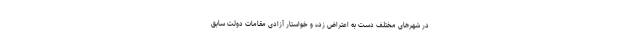
در شهرهای مختلف دست به اعتراض زده و خواستار آزادی مقامات دولت سابق